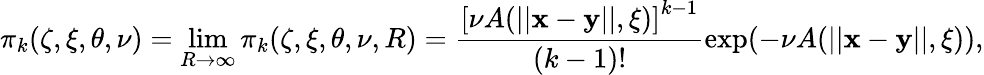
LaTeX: \pi_{k}(\zeta,\xi,\theta,\nu)=\operatorname*{lim}_{R\to\infty}\pi_{k}(\zeta,\xi,\theta,\nu,R)=\frac{\left[\nu A(||\mathbf x-\mathbf y||,\xi)\right]^{k-1}}{(k-1)!}\exp(-\nu A(||\mathbf x-\mathbf y||,\xi)),